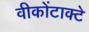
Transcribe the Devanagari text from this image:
वीकोंटाक्टे